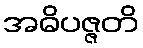
အဓိပဇ္ဇတိ